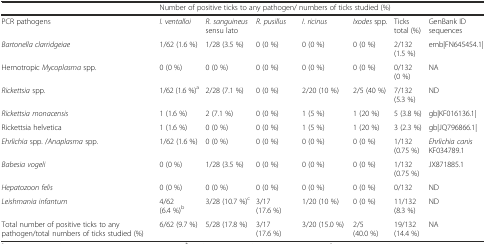
|  | <COLSPAN=6> Number of positive ticks to any pathogen/ numbers of ticks studied (%) |  |
 | --- | --- | --- | --- | --- | --- | --- | --- |
 | PCR pathogens | I. ventalloi | R. sanguineus sensu lato | R. pusillus | I. ricinus | Ixodes spp. | Ticks total (%) | GenBank ID sequences |
 | Bartonella clarridgeiae | 1/62 (1.6 %) | 1/28 (3.5 %) | 0 (0 %) | 0 (0 %) | 0 (0 %) | 2/132 (1.5 %) | emb|FN645454.1| |
 | Hemotropic Mycoplasma spp. | 0 (0 %) | 0 (0 %) | 0 (0 %) | 0 (0 %) | 0 (0 %) | 0/132 (0 %) | NA |
 | Rickettsia spp. | 1/62 (1.6 %)a | 2/28 (7.1 %) | 0 (0 %) | 2/20 (10 %) | 2/5 (40 %) | 7/132 (5.3 %) | ND |
 | Rickettsia monacensis | 1 (1.6 %) | 2 (7.1 %) | 0 (0 %) | 1 (5 %) | 1 (20 %) | 5 (3.8 %) | gb|KF016136.1| |
 | Rickettsia helvetica | 1 (1.6 %) | 0 (0 %) | 0 (0 %) | 1 (5 %) | 1 (20 %) | 3 (2.3 %) | gb|JQ796866.1| |
 | Ehrlichia spp. /Anaplasma spp. | 1/62 (1.6 %) | 0 (0 %) | 0 (0 %) | 0 (0 %) | 0 (0 %) | 1/132 (0.75 %) | Ehrlichia canis KF034789.1 |
 | Babesia vogeli | 0 (0 %) | 1/28 (3.5 %) | 0 (0 %) | 0 (0 %) | 0 (0 %) | 1/132 (0.75 %) | JX871885.1 |
 | Hepatozoon felis | 0 (0 %) | 0 (0 %) | 0 (0 %) | 0 (0 %) | 0 (0 %) | 0/132 | ND |
 | Leishmania infantum | 4/62 (6.4 %)b | 3/28 (10.7 %)c | 3/17 (17.6 %) | 1/20 (10 %) | 0 (0 %) | 11/132 (8.3 %) | ND |
 | Total number of positive ticks to any pathogen/total numbers of ticks studied (%) | 6/62 (9.7 %) | 5/28 (17.8 %) | 3/17 (17.6 %) | 3/20 (15.0 %) | 2/5 (40.0 %) | 19/132 (14.4 %) | NA |